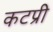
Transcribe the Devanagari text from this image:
कटप्री